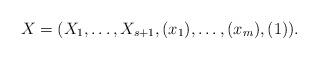
LaTeX: \begin{align*} X=(X_1,\ldots,X_{s+1},(x_1),\ldots,(x_m),(1)).\end{align*}